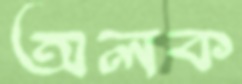
অলক